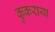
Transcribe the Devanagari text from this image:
कुकराया